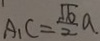
A _ { 1 } C = \frac { \sqrt { 6 } } { 2 } a